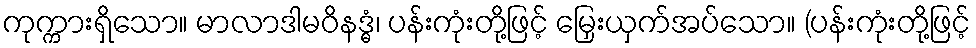
ကုက္ကားရှိသော။ မာလာဒါမဝိနဒ္ဓံ၊ ပန်းကုံးတို့ဖြင့် မြှေးယှက်အပ်သော။ (ပန်းကုံးတို့ဖြင့်